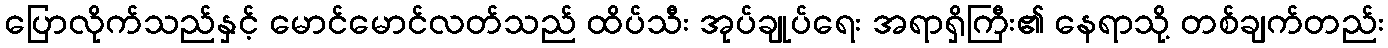
ပြောလိုက်သည်နှင့် မောင်မောင်လတ်သည် ထိပ်သီး အုပ်ချုပ်ရေး အရာရှိကြီး၏ နေရာသို့ တစ်ချက်တည်း